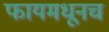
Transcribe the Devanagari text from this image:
फायमधूनच